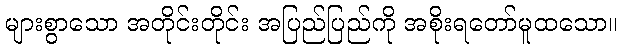
များစွာသော အတိုင်းတိုင်း အပြည်ပြည်ကို အစိုးရတော်မူထသော။